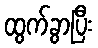
ထွက်ခွာပြီး